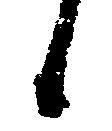
候